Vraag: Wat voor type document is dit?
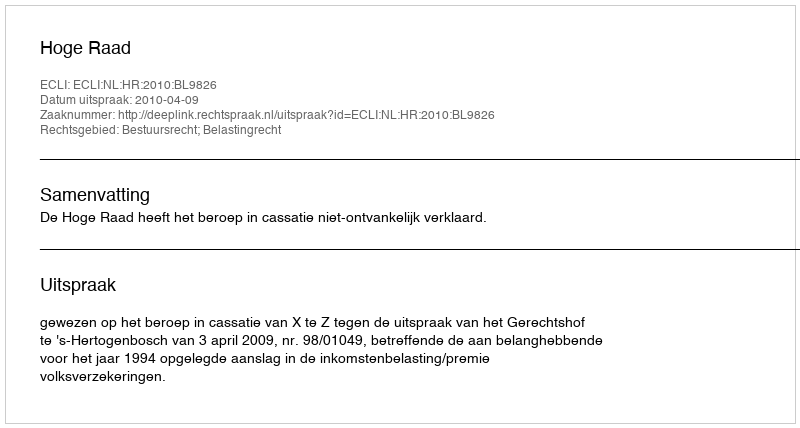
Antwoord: Uitspraak